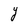
Character: y